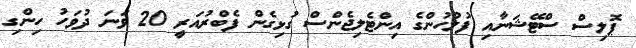
ޕޮލިސް ސްޓޭޝަނާއި ފުލުހުންގެ އިންޓެލިޖެންސް ގުޅިގެން ފެބްރުއަރީ 20 ވަނަ ދުވަހު ހިންގި